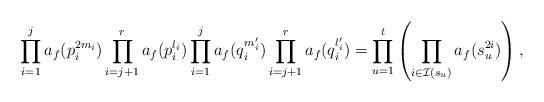
LaTeX: \begin{align*}\prod_{i=1}^j a_f(p_i^{2m_i})\prod_{i=j+1}^r a_f(p_i^{l_i})\prod_{i=1}^j a_f(q_i^{m_i'})\prod_{i=j+1}^r a_f(q_i^{l'_i}) = \prod_{u=1}^ t \left(\prod_{i \in \mathcal I(s_u)} a_f(s_u^{2i})\right),\end{align*}